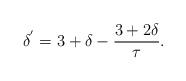
LaTeX: \begin{align*}\delta^{'}=3+\delta-\frac{3+2\delta}{\tau}.\end{align*}